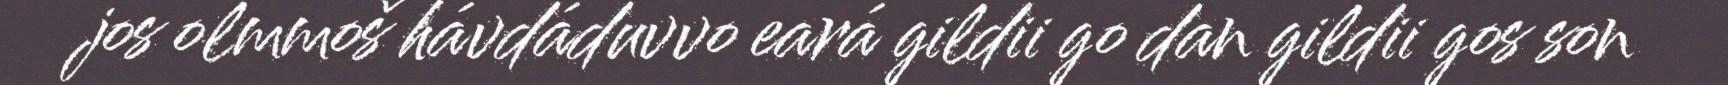
jos olmmoš hávdáduvvo eará gildii go dan gildii gos son